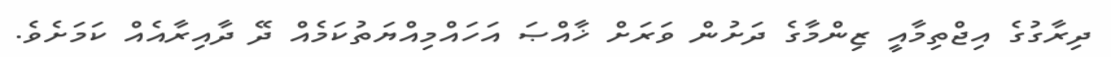
ދިރާގުގެ އިޖްތިމާއީ ޒިންމާގެ ދަށުން ވަރަށް ޚާއްޞަ އަހައްމިއްޔަތުކަމެއް ދޭ ދާއިރާއެއް ކަމަށެވެ.